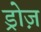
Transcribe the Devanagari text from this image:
ड्रोज़